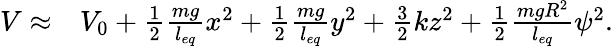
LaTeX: \begin{array}{rl}{V\approx}&{{}V_{0}+\frac{1}{2}\frac{mg}{l_{eq}}x^{2}+\frac{1}{2}\frac{mg}{l_{eq}}y^{2}+\frac{3}{2}kz^{2}+\frac{1}{2}\frac{mgR^{2}}{l_{eq}}\psi^{2}.}\end{array}